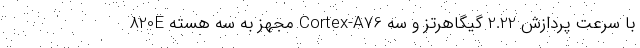
820E مجهز به سه هسته Cortex-A76 با سرعت پردازش 2.22 گیگاهرتز و سه